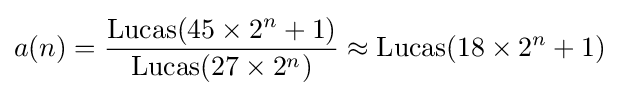
a(n)={\frac {\operatorname {Lucas} (45\times 2^{n}+1)}{\operatorname {Lucas} (27\times 2^{n})}}\approx \operatorname {Lucas} (18\times 2^{n}+1)